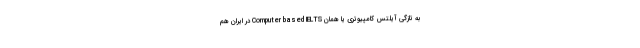
به تازگی آیلتس کامپیوتری یا همان Computer based IELTS در ایران هم